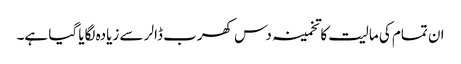
ان تمام کی مالیت کا تخمینہ دس کھرب ڈالر سے زیادہ لگایا گیا ہے۔